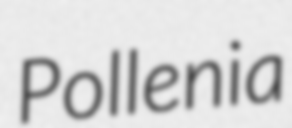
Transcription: Pollenia